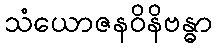
သံယောဇနဝိနိဗန္ဓာ